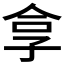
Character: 𪦻